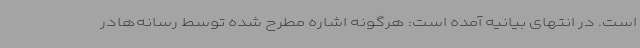
است. در انتهای بیانیه آمده است: هرگونه اشاره مطرح شده توسط رسانه‌هادر